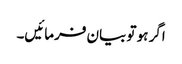
اگر ہو تو بیان فرمائیں۔